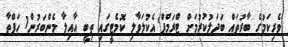
ވެރިކަމުގެ ބާރުތައް ބަދަލުކުރުމަށް ޓްރަމްޕް އެކުލަވާލި ކޮމެޓީގައި ތިބީ އާއިލާ މެންބަރުން1 ހަފްތާ